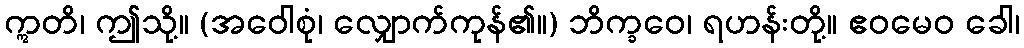
ဣတိ၊ ဤသို့။ (အဝေါစုံ၊ လျှောက်ကုန်၏။) ဘိက္ခဝေ၊ ရဟန်းတို့။ ဧဝမေဝ ခေါ၊